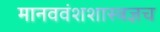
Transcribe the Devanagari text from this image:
मानववंशशास्त्रज्ञच